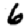
Digit: 6